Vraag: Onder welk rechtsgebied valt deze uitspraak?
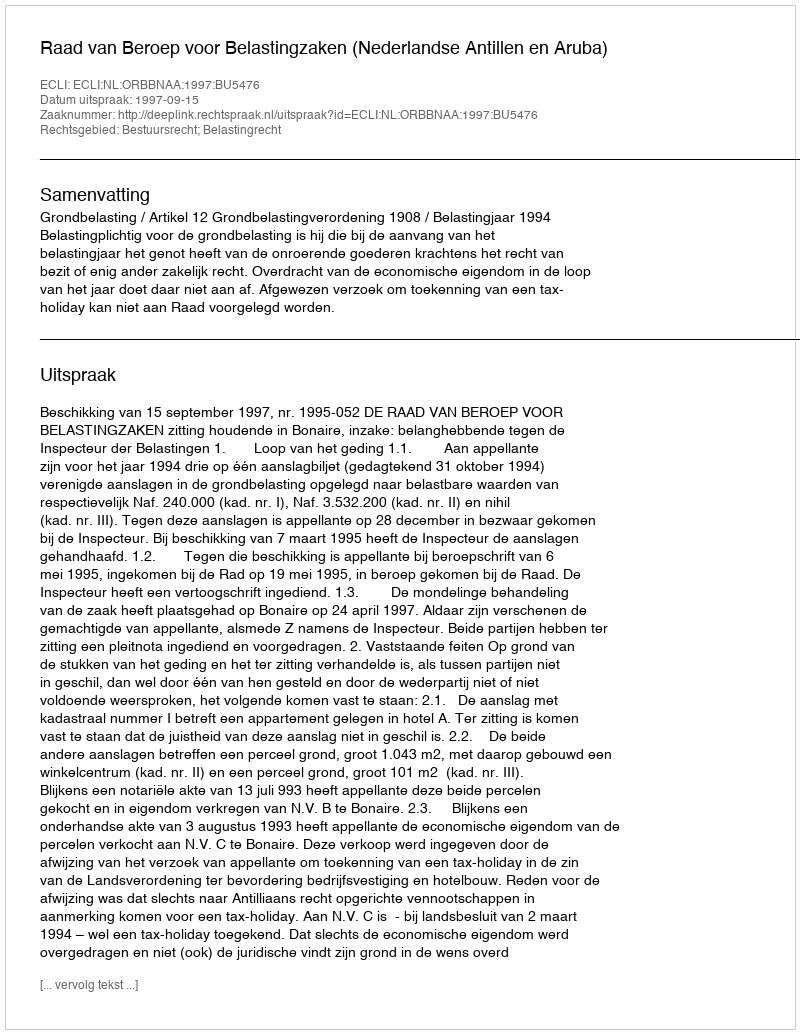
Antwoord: Bestuursrecht; Belastingrecht